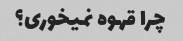
چرا قهوه نمیخوری؟